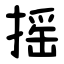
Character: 摇